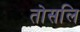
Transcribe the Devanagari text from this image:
तोसलि